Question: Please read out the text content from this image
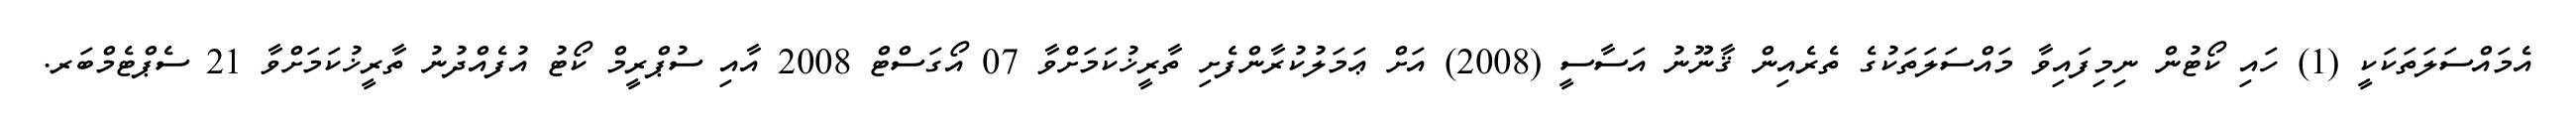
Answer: އެމައްސަލަތަކަކީ (1) ހައި ކޯޓުން ނިމިފައިވާ މައްސަލަތަކުގެ ތެރެއިން ޤާނޫނު އަސާސީ (2008) އަށް ޢަމަލުކުރާންފެށި ތާރީޚުކަމަށްވާ 07 އޯގަސްޓް 2008 އާއި ސުޕްރީމް ކޯޓު އުފެއްދުނު ތާރީޚުކަމަށްވާ 21 ސެޕްޓެމްބަރ.